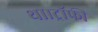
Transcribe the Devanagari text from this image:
था।ट्रॉफी